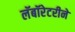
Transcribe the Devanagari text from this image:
लॅबॉरेटरीने